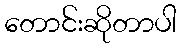
တောင်းဆိုတာပါ